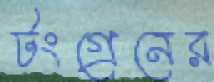
টংগ্রেনের